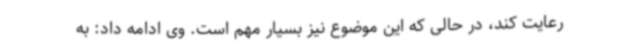
رعایت کند، در حالی که این موضوع نیز بسیار مهم است. وی ادامه داد: به